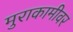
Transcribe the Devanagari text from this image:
मुराकामीवर